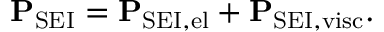
\mathbf { P } _ { \mathrm { S E I } } = \mathbf { P } _ { \mathrm { S E I , e l } } + \mathbf { P } _ { \mathrm { S E I , v i s c } } .